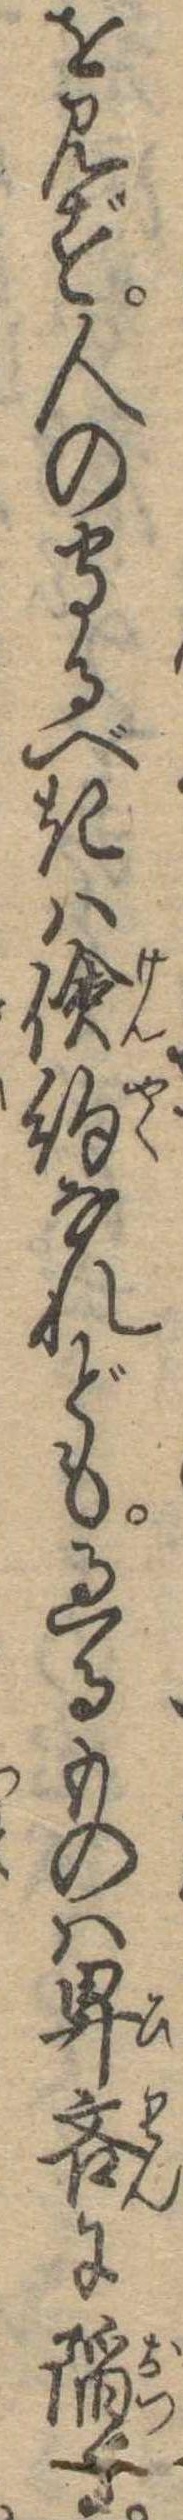
を見ず人の守るべきは倹約なれども過るものは卑吝に陥る